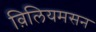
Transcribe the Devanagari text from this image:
व़िलियमसन